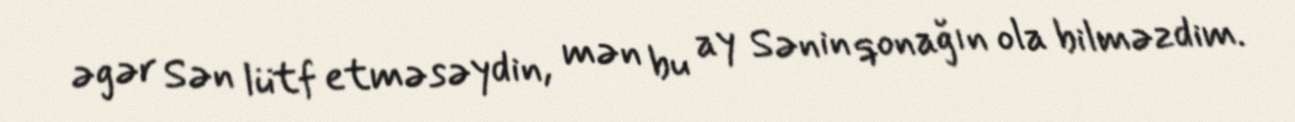
əgər Sən lütf etməsəydin, mən bu ay Sənin qonağın ola bilməzdim.